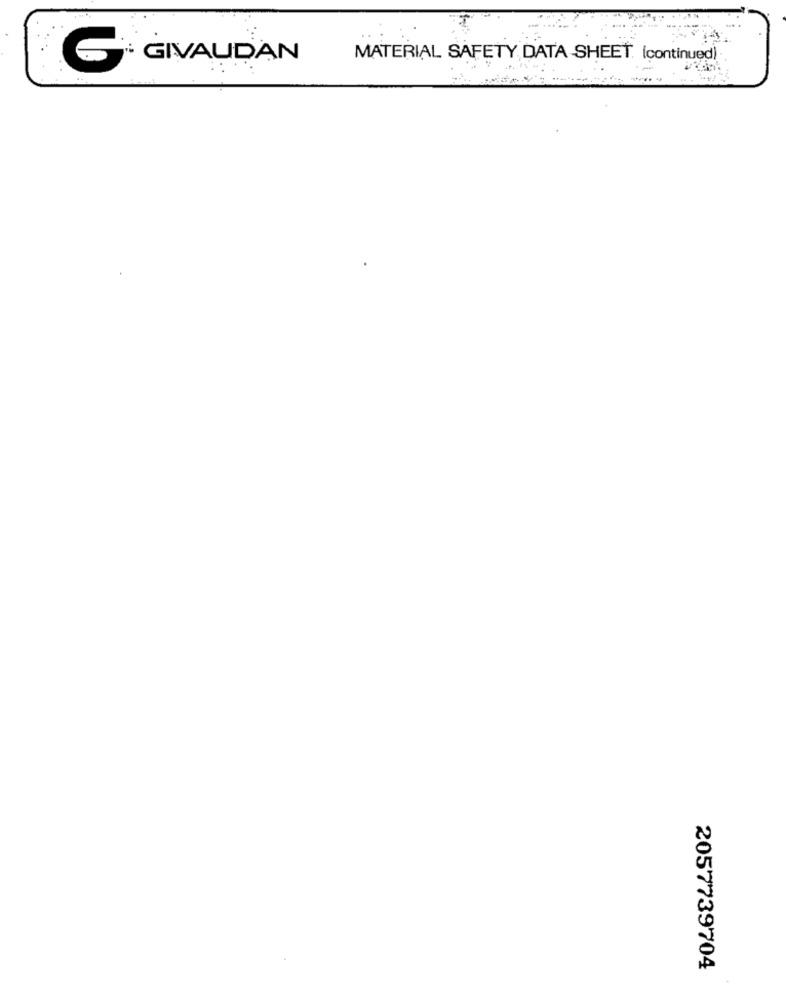
· GIVAUDAN
MATERIAL SAFETY DATA SHEET. (continued).
G
2057739704